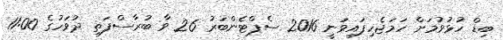
ބިޑް ހުޅުވުމަށް ހަމަޖެހިފައިވަނީ 2016 ސެޕްޓެންބަރު 26 ވާ ބުރާސްފަތި ދުވަހުގެ 11:00